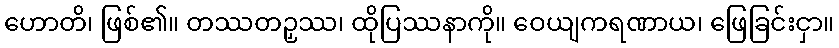
ဟောတိ၊ ဖြစ်၏။ တဿတဉှဿ၊ ထိုပြဿနာကို။ ဝေယျကရဏာယ၊ ဖြေခြင်းငှာ။